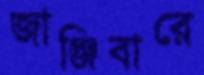
জাঞ্জিবারে